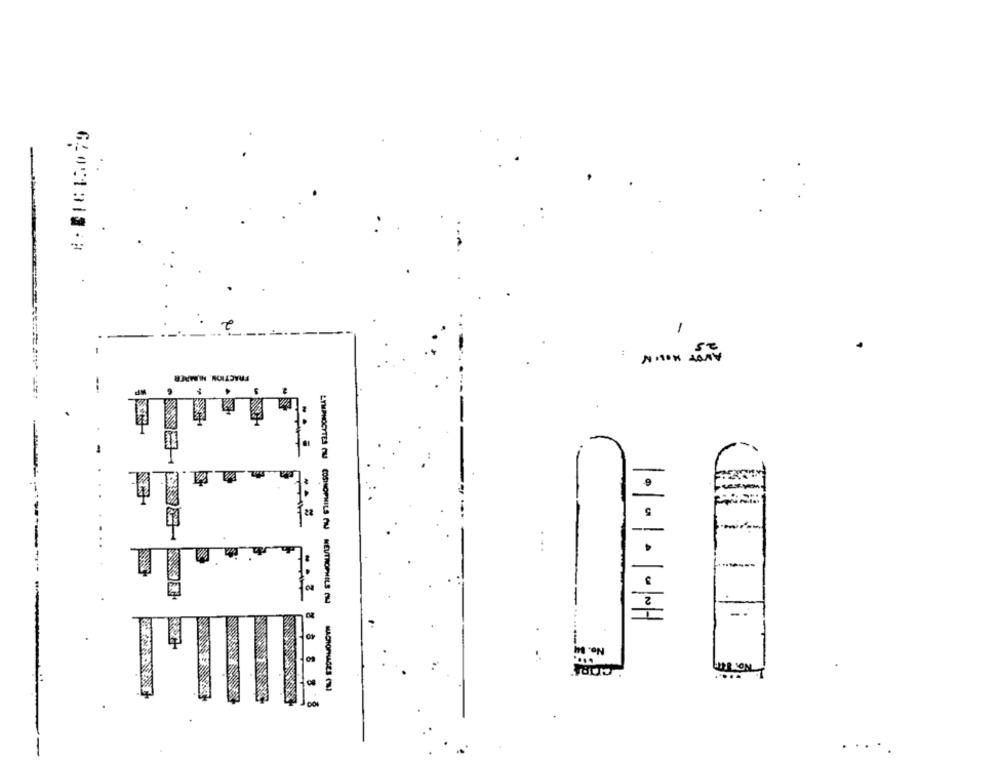
GLOStala . :
-
FRACTION, NUMRER
-9
-
No. 14
No. THE
8
LYMPHOCYTES OU COSINOPHILS PIJ NEUTROPHILS ( MACROPHAGES (LI